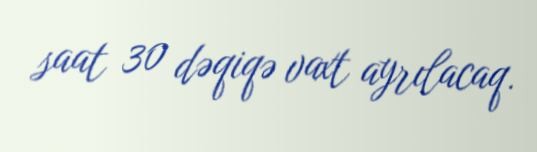
saat 30 dəqiqə vaxt ayrılacaq.